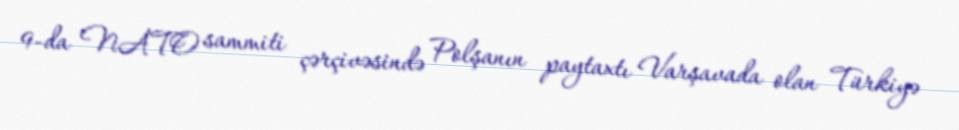
9-da NATO sammiti çərçivəsində Polşanın paytaxtı Varşavada olan Türkiyə